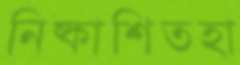
নিষ্কাশিতহা